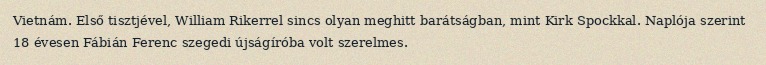
Vietnám. Első tisztjével, William Rikerrel sincs olyan meghitt barátságban, mint Kirk Spockkal. Naplója szerint 18 évesen Fábián Ferenc szegedi újságíróba volt szerelmes.